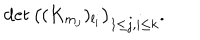
\det \left( ( K _ { m _ { j } } ) _ { l _ { i } } \right) _ { 1 \le j , i \le k } .